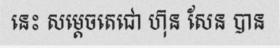
នេះ សម្តេចតេជោ ហ៊ុន សែន បាន